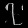
Digit: ၇